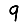
Digit: 9